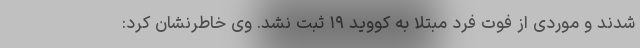
شدند و موردی از فوت فرد مبتلا به کووید ۱۹ ثبت نشد. وی خاطرنشان کرد: